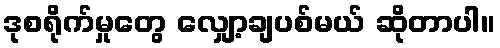
ဒုစရိုက်မှုတွေ လျှော့ချပစ်မယ် ဆိုတာပါ။